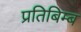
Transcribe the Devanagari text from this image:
प्रतिबिम्‍ब